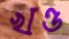
খণ্ড